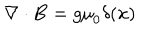
LaTeX: \nabla \cdot { \bf B } = g { \mu } _ { 0 } \delta ( { \bf x } )